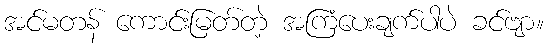
အင်မတန် ကောင်းမြတ်တဲ့ အကြံပေးချက်ပါပဲ ခင်ဗျာ။